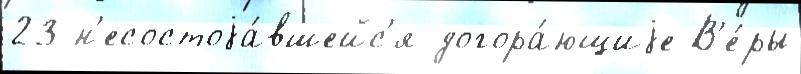
23 н'есостоjа́вшейс'я догора́ющиjе В'е́ры